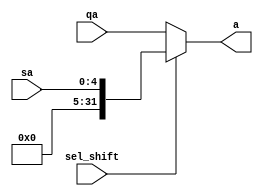
`timescale 1ns / 1ps
//////////////////////////////////////////////////////////////////////////////////
// Company: 
// Engineer: 
// 
// Design Name: 
// Module Name: Mux2
// Project Name: 
// Target Devices: 
// Tool Versions: 
// Description: 
// 
// Dependencies: 
// 
// Revision:
// Revision 0.01 - File Created
// Additional Comments:
// 
//////////////////////////////////////////////////////////////////////////////////


module Mux2(input [31:0] qa, input [4:0] sa, input sel_shift, output reg [31:0] a);
    always @(*) begin 
        if (sel_shift == 1'b0) begin
            a <= qa;
        end 
        else begin
            a <= sa;
        end
    end
endmodule